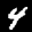
Label: 4